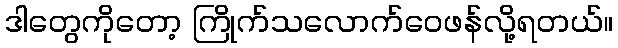
ဒါတွေကိုတော့ ကြိုက်သလောက်ဝေဖန်လို့ရတယ်။